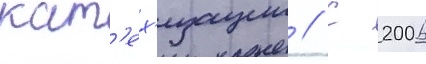
кат'ех'изации // С 2006